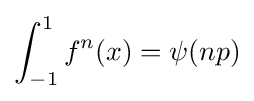
\int _{-1}^{1}f^{n}(x)=\psi (np)